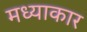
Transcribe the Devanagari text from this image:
मध्याकार